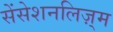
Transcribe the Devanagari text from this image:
सेंसेशनलिज़्म